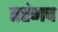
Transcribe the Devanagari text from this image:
तरंगच